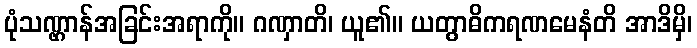
ပုံသဏ္ဌာန်အခြင်းအရာကို။ ဂဏှာတိ၊ ယူ၏။ ယတွာဓိကရဏမေနံတိ အာဒိမှိ၊